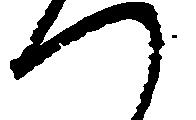
つ